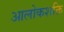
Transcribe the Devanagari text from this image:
आलोकशक्ति